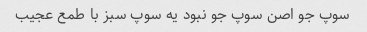
سوپ جو اصن سوپ جو نبود یه سوپ سبز با طمع عجیب